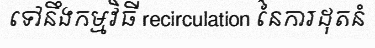
ទៅនឹងកម្មវិធី recirculation នៃការដុតនំ